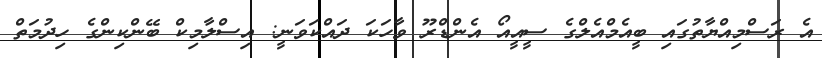
އެ ރަސްމިއްޔާތުގައި ބީއެމްއެލްގެ ސީއީއޯ އެންޑްރޫ ވާހަކަ ދައްކަވަނީ: އިސްލާމިކް ބޭންކިންގެ ހިދުމަތް